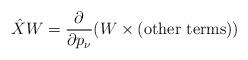
LaTeX: \begin{align*}\hat{X}W = \frac{\partial}{\partial p_\nu}(W\times(\mbox{other terms}))\end{align*}